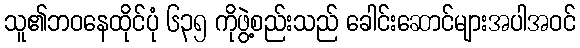
သူ၏ဘဝနေထိုင်ပုံ ၆၃၅ ကိုဖွဲ့စည်းသည် ခေါင်းဆောင်များအပါအဝင်